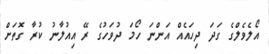
އޯލެވެލްގެ ގަދަ ދިހައެއް އަންނަ ހޯމަ ދުވަހުގެ ރޭ އިއުލާނު ކުރާ ގޮތަށް